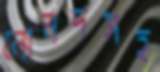
নোনদসহ